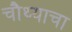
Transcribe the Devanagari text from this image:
चौथ्याचा